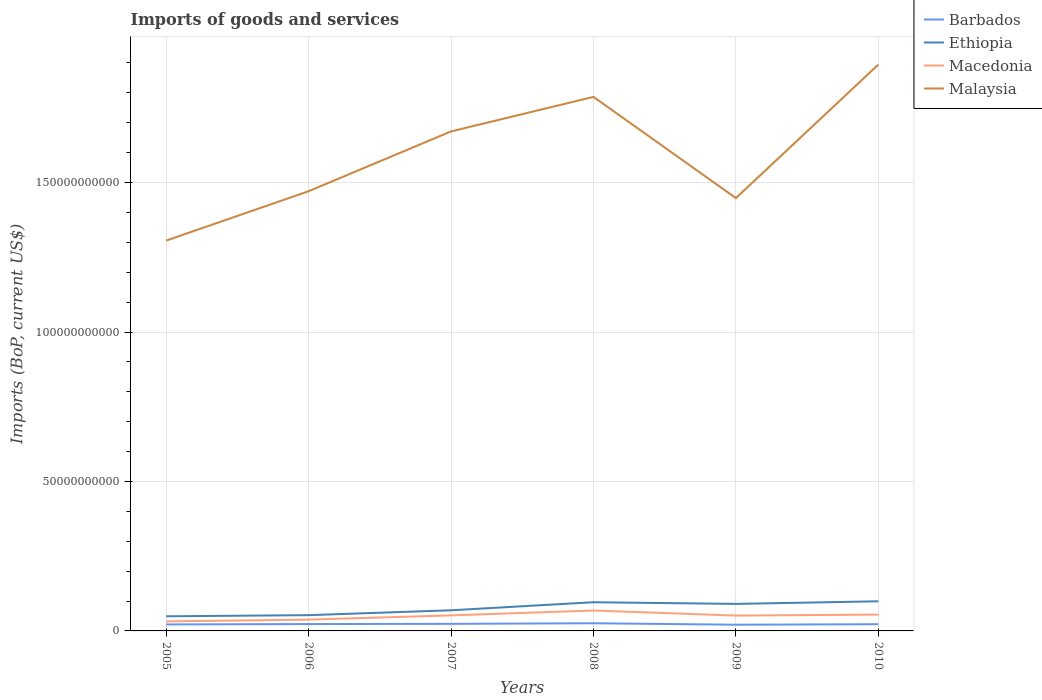
| Years | Barbados | Ethiopia | Macedonia | Malaysia |
 | --- | --- | --- | --- | --- |
 | 2005 | 2.17e+09 | 4.89e+09 | 3.19e+09 | 1.31e+11 |
 | 2006 | 2.29e+09 | 5.28e+09 | 3.77e+09 | 1.47e+11 |
 | 2007 | 2.37e+09 | 6.9e+09 | 5.2e+09 | 1.67e+11 |
 | 2008 | 2.57e+09 | 9.6e+09 | 6.82e+09 | 1.79e+11 |
 | 2009 | 2.08e+09 | 9.04e+09 | 5.13e+09 | 1.45e+11 |
 | 2010 | 2.24e+09 | 9.91e+09 | 5.46e+09 | 1.89e+11 |